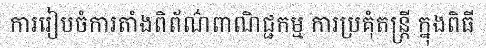
ការរៀបចំការតាំងពិព័ណ៌ពាណិជ្ជកម្ម ការប្រគុំតន្ត្រី ក្នុងពិធី